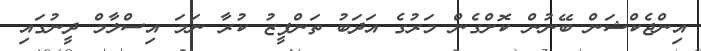
އިންޖެކްޝަން ބޭނުން ކޮށްގެން މަރުގެ އަދަބު ތަންފީޒު ކުރާ ނަމަ އިސްލާމް ދީނުގައި